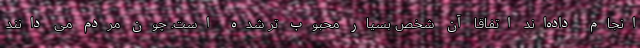
انجام داده‌اند اتفاقا آن شخص بسیار محبوب تر شده است. چون مردم می دانند